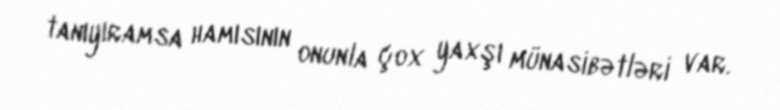
tanıyıramsa hamısının onunla çox yaxşı münasibətləri var.